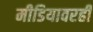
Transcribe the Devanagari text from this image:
मीडियावरही